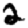
Digit: 2